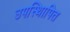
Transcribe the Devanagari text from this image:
उपस्थिापित